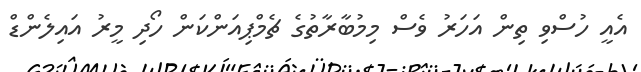
އެއީ ހުސްވި ތިން އަހަރު ވެސް މިމުބާރާތުގެ ޗެމްޕިއަންކަން ހޯދި މީރު އައިލެންޑް